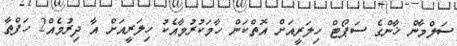
ސަލްމާން ޚާންގެ ސަޕޯޓް ހިލަރީއަށް އޮތްކަން ހާމަކުރުމާއެކު ހިލަރީއަށް އާ ދިރުމެއް2 ހަފްތާ